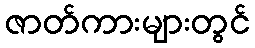
ဇာတ်ကားများတွင်